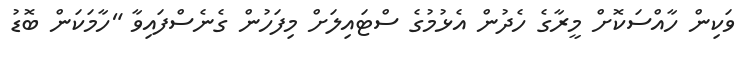
ވަކިން ހާއްސަކޮށް މީރާގެ ހެދުން އެޅުމުގެ ސްޓައިލަށް މިފަހުން ގެނެސްފައިވާ "ހާމަކަން ބޮޑު